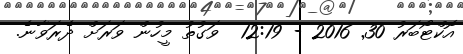
އޮކްޓޯބަރު 30